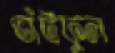
ভাঁটফুল